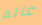
عالم